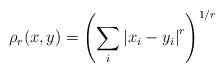
LaTeX: \begin{align*}\rho_r(x, y)=\left(\sum_i\left|x_i-y_i\right|^r\right)^{1/r}\end{align*}